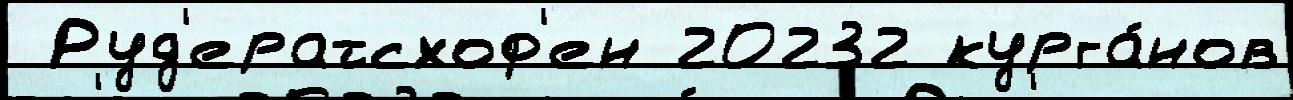
 Руд'ератсхоф'ен 20232 курга́нов